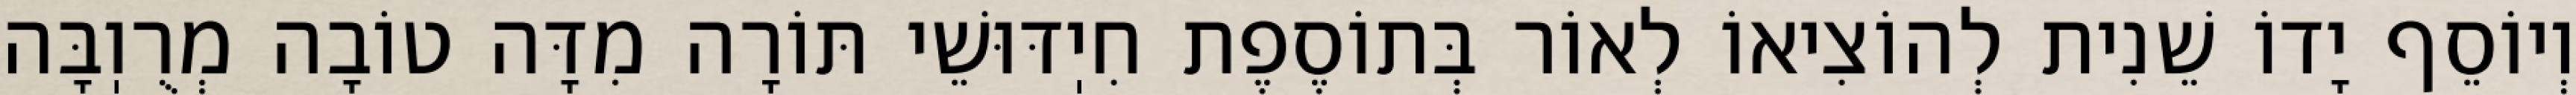
וְיוֹסֵף יָדוֹ שֵׁנִית לְהוֹצִיאוֹ לְאוֹר בְּתוֹסֶפֶת חִיֽדּוּשֵׁי תּוֹרָה מִדָּה טוֹבָה מְרֻוֽבָּה